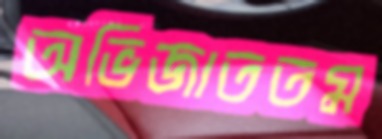
অভিজাততম